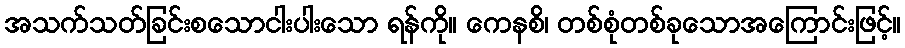
အသက်သတ်ခြင်းစသောငါးပါးသော ရန်ကို။ ကေနစိ၊ တစ်စုံတစ်ခုသောအကြောင်းဖြင့်။